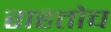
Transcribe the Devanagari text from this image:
राहतोच